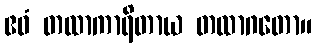
ဧဝံ တထာကာရိတာယ တထာဂတော။